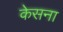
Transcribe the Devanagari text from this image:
केसना